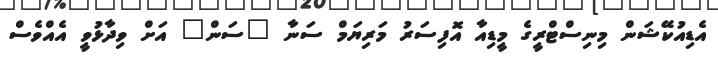
އެޑިއުކޭޝަން މިނިސްޓްރީގެ މީޑިއާ އޮފިސަރު މަރިޔަމް ސަނާ "ސަން" އަށް ވިދާޅުވީ އެއްވެސް